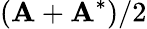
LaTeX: (\textrm{\textbf{A}}+\textrm{\textbf{A}}^{*})/2